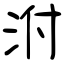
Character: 泭